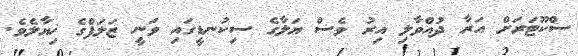
ސްކޫޓަރަށް އަރާ ދުއްވާލި އިރު ވެސް ޔަލާގެ ސިކުނޑީގައި ވަނީ ޒަލަފްގެ ޚިޔާލެވެ.